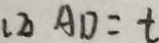
( 2 ) A D = t